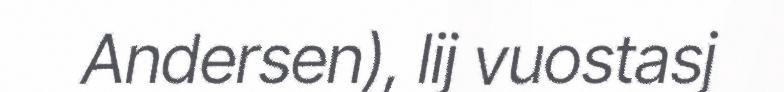
Andersen), lij vuostasj